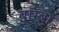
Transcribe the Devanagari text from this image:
बॉम्बा